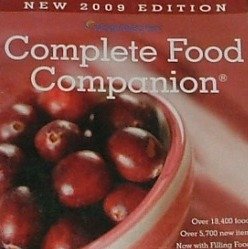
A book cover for Complete Food Companion: 2009 Edition (Weight Watchers); Weight Watchers; Health, Fitness & Dieting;